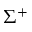
\Sigma ^ { + }